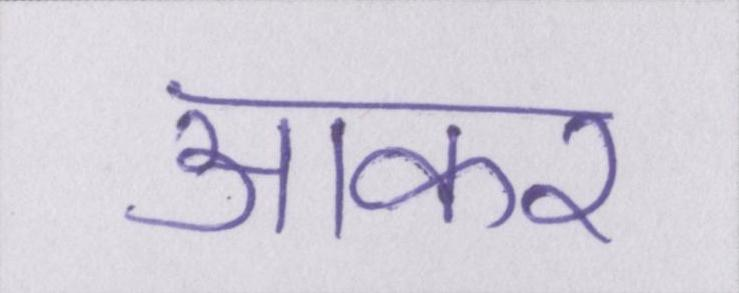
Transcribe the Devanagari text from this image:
आकर